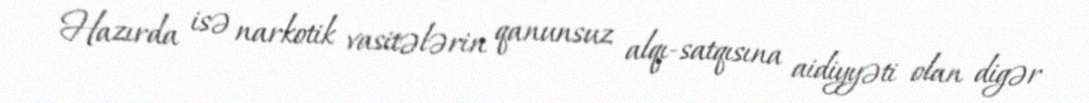
Hazırda isə narkotik vasitələrin qanunsuz alqı-satqısına aidiyyəti olan digər